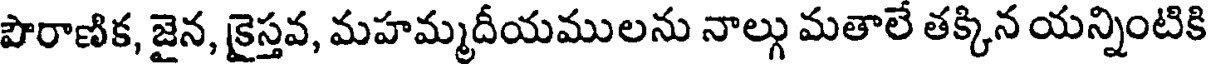
పౌరాణిక, జైన, క్రైస్తవ, మహమ్మదీయములను నాల్గు మతాలే తక్కిన యన్నింటికి